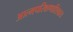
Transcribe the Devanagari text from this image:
आत्मपरिक्षणाशिवाय